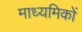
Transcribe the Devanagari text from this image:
माध्यमिकों